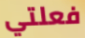
فعلتي